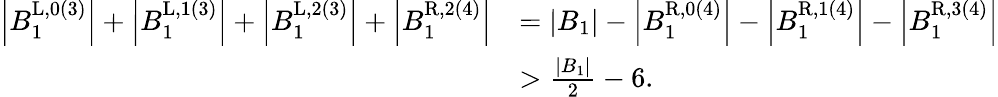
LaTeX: \begin{array}{rl}{\left|B_{1}^{\mathrm{L},0(3)}\right|+\left|B_{1}^{\mathrm{L},1(3)}\right|+\left|B_{1}^{\mathrm{L},2(3)}\right|+\left|B_{1}^{\mathrm{R},2(4)}\right|}&{=|B_{1}|-\left|B_{1}^{\mathrm{R},0(4)}\right|-\left|B_{1}^{\mathrm{R},1(4)}\right|-\left|B_{1}^{\mathrm{R},3(4)}\right|}\\ &{>\frac{|B_{1}|}{2}-6.}\end{array}